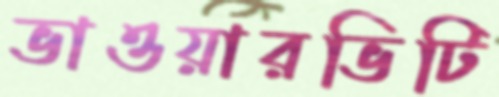
ভাওয়ারভিটি